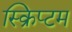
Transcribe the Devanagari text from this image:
स्क्रिप्टम